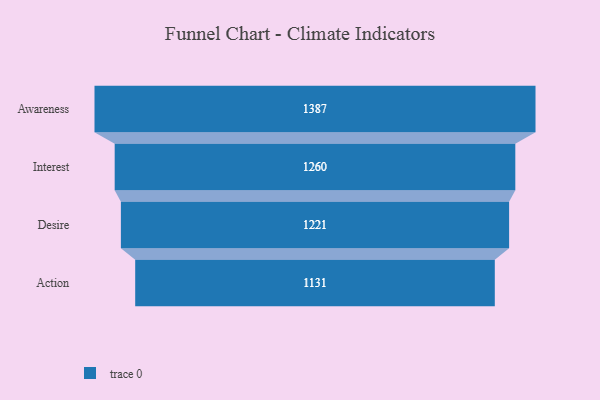
{"axis": {"x": "Stage", "y": "Value"}, "legend": [""], "data": [{"x": "Awareness", "y": 1387.0, "type": ""}, {"x": "Interest", "y": 1260.0, "type": ""}, {"x": "Desire", "y": 1221.0, "type": ""}, {"x": "Action", "y": 1131.0, "type": ""}]}